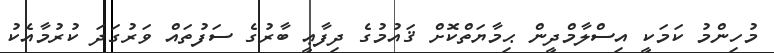
މުހިންމު ކަމަކީ އިސްލާމްދީން ޙިމާޔަތްކޮށް ޤައުމުގެ ދިފާޢީ ބާރުގެ ސަފުތައް ވަރުގަދަ ކުރުމާއެކު